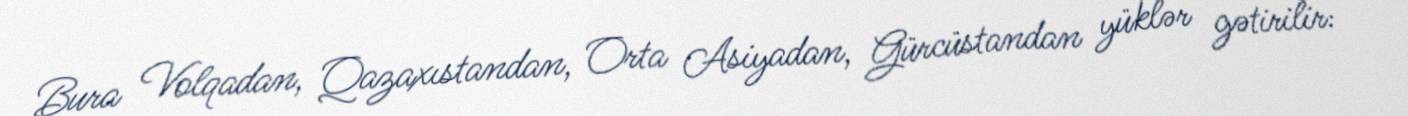
Bura Volqadan, Qazaxıstandan, Orta Asiyadan, Gürcüstandan yüklər gətirilir: